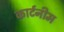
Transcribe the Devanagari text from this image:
कार्टनीम